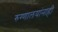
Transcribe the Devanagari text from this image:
रुग्णालयांनाही